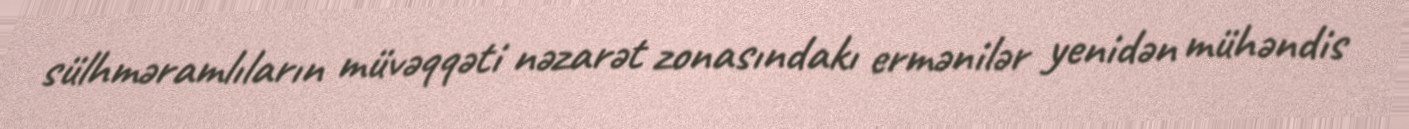
sülhməramlıların müvəqqəti nəzarət zonasındakı ermənilər yenidən mühəndis